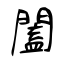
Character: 闔